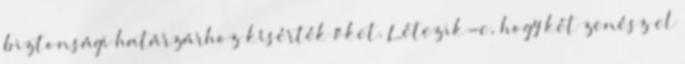
biztonsági határzárhoz kísérték őket. Létezik-e, hogy két zenész el